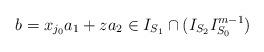
LaTeX: \begin{align*}b=x_{j_0} a_1+ z a_2 \in I_{S_1}\cap (I_{S_2} I_{S_0}^{m-1})\end{align*}